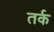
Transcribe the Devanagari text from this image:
तर्क